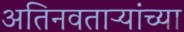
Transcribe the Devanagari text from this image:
अतिनवताऱ्यांच्या